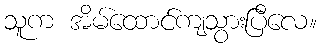
သူက အိမ်ထောင်ကျသွားပြီလေ။